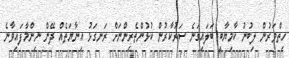
ހިތްވަރުން ލިބުނު ކާމިޔާބީ ބަލައިގަނެ ސަރުކާރުން ކުޅުންތެރިންނަށް ރަނގަޅު އިނާޔަތެއް ދޭން ނިންމާފައިވާނެ